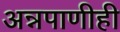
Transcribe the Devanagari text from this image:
अन्नपाणीही